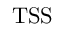
\mathrm { T S S }